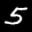
Label: 5